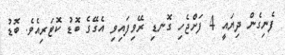
ފެނިގެން ދިޔައީ 4 ފަށްޖެހި ގޮނޑި ރޭވިފައިވި އެގޭގެ ބޮޑު ކޮޓަރިއެވެ. ބޮޑު